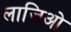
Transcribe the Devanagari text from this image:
लाज़िओ